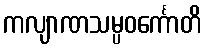
ကလျာဏသမ္ပဝင်္ကောတိ